Scientific memoirs by medical officers of the Army of India - Part XII,
Year: 1901
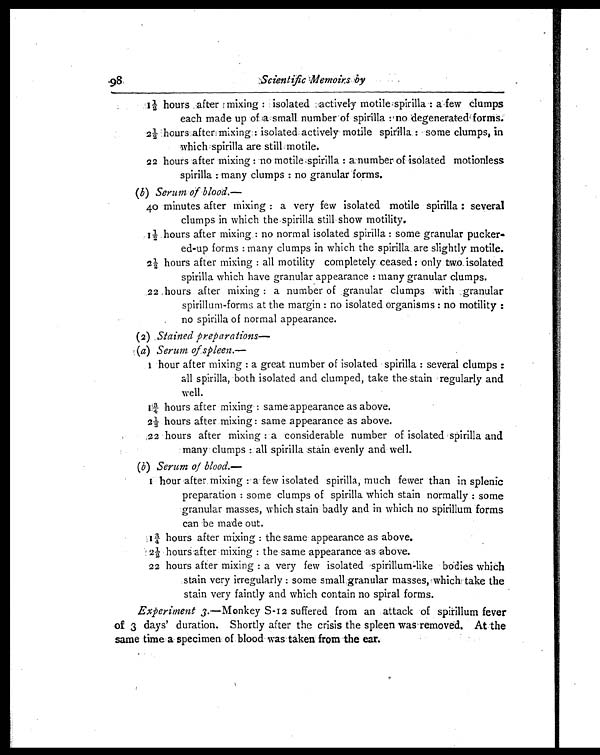
Scientific Memoirs by
1½ hours after mixing: isolated actively motile spirilla: a few clumps
each made up of a small number of spirilla: no degenerate forms.
2½ hours after mixing: isolated actively motile spirilla: some clumps, in
which spirilla are still motile.
22 hours after mixing: no motile spirilla: a number of isolated motionless
spirilla: many clumps: no granular forms.
(b) Serum of blood.—
40 minutes after mixing: a very few isolated motile spirilla: several
clumps in which the spirilla still show motility.
1½ hours after mixing: no normal isolated spirilla: some granular pucker-
ed-up forms: many clumps in which the spirilla are slightly motile.
2½ hours after mixing: all motility completely ceased: only two isolated
spirilla which have granular appearance: many granular clumps.
22 hours after mixing: a number of granular clumps with granular
spirillum-forms at the margin: no isolated organisms: no motility:
no spirilla of normal appearance.
(2) Stained preparations—
(a) Serum of spleen.—
1 h o u r a f t e r m i x i n g : a g r e a t n u m b e r o f i s o l a t e d s p i r i l l a : s e v e r a l c l u m p s :
all spirilla, both isolated and clumped, take the stain regularly and
well.
1 3/4hours after mixing: same appearance as above.
2½4 hours after mixing: same appearance as above.
22 hours after mixing:a considerable number of isolated spirilla and
many clumps: all spirilla stain evenly and well.
(b) Serum of blood
.—
(c)
1 hour after mixing: a few isolated spirilla, much fewer than in splenic
preparation: some clumps of spirilla which stain normally: some
granular masses, which stain badly and in which no spirillum forms
can be made out.
1 3/4 hours after mixing: the same appearance as above.
2½ hours after mixing: the same appearance as above.
22 hours after mixing: a very few isolated spirillum-like bodies which
stain very irregularly: some small granular masses, which take the
stain very faintly and which contain no spiral forms.
Experiment 3.—Monkey S-12 suffered from an attack of spirillum fever
of 3 days' duration. Shortly after the crisis the spleen was removed. At the
same time a specimen of blood was taken from the ear.